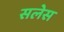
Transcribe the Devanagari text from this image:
सलेस